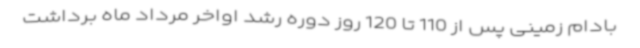
بادام زمینی پس از 110 تا 120 روز دوره رشد اواخر مرداد ماه برداشت